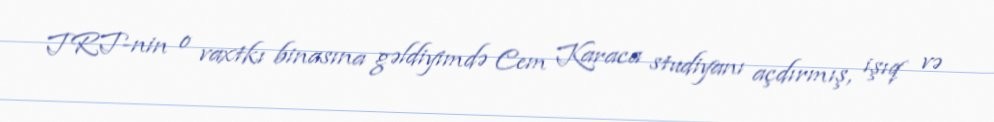
TRT-nin o vaxtkı binasına gəldiyimdə Cem Karaca studiyanı açdırmış, işıq və